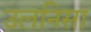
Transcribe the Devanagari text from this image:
उलनिसा